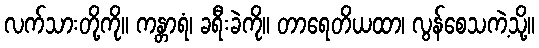
လက်သားတို့ကို။ ကန္တာရံ၊ ခရီးခဲကို။ တာရေတိယထာ၊ လွန်စေသကဲ့သို့။